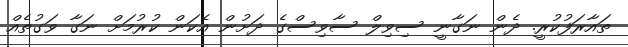
ތައާރަފުކުރީ. ދެން ނަގާނީ ސިވިލް ސާވިސްގެ ދަށުން އެކަން ކުރުމަށް ނަގާ ވަގުތެއް